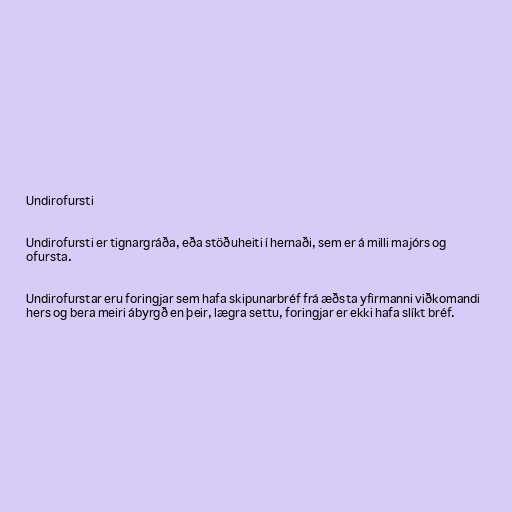
Undirofursti

Undirofursti er tignargráða, eða stöðuheiti í hernaði, sem er á milli majórs og
ofursta.

Undirofurstar eru foringjar sem hafa skipunarbréf frá æðsta yfirmanni viðkomandi
hers og bera meiri ábyrgð en þeir, lægra settu, foringjar er ekki hafa slíkt bréf.